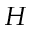
H